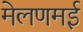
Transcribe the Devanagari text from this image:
मेलणमई